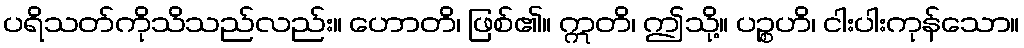
ပရိသတ်ကိုသိသည်လည်း။ ဟောတိ၊ ဖြစ်၏။ ဣတိ၊ ဤသို့။ ပဉ္စဟိ၊ ငါးပါးကုန်သော။